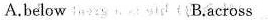
A.below B.across